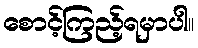
စောင့်ကြည့်ရမှာပါ။